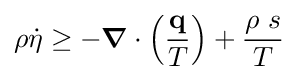
\rho {\dot {\eta }}\geq -{\boldsymbol {\nabla }}\cdot \left({\frac {\mathbf {q} }{T}}\right)+{\frac {\rho ~s}{T}}